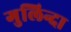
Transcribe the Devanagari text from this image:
गुलिन्दा